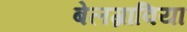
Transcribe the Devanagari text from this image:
बेलग्राविया